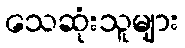
သေဆုံးသူများ